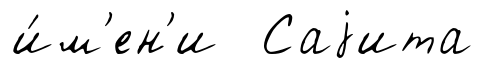
и́м'ен'и Саjита